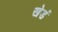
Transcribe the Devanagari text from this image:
खेडं